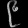
Digit: ၉